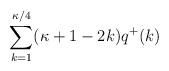
LaTeX: \begin{align*}\sum_{k=1}^{\kappa/4} (\kappa+1 - 2k) q^+(k)\end{align*}